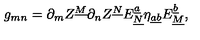
g _ { m n } = \partial _ { m } Z ^ { \underline { M } } \partial _ { n } Z ^ { \underline { N } } E _ { \underline { N } } ^ { \underline { { a } } } \eta _ { \underline { { a } } \underline { { b } } } E _ { \underline { M } } ^ { \underline { { b } } } ,